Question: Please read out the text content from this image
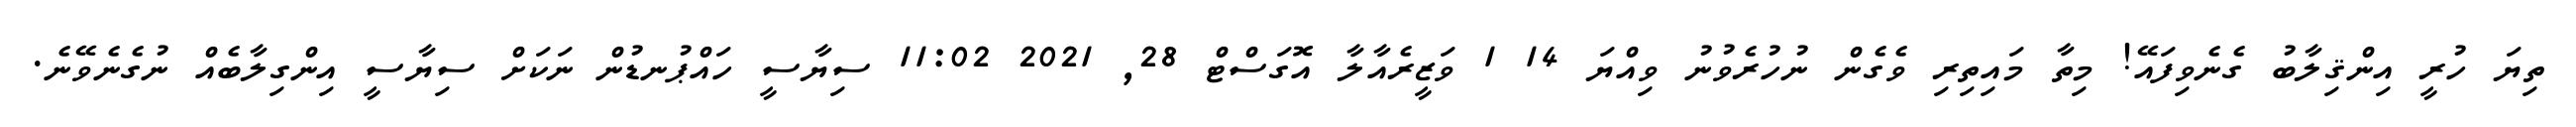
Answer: ތިޔަ ހުރީ އިންޤިލާބު ގެނެވިފައޭ! މިތާ މައިތިރި ވެގެން ނުހުރެވުނު ވިއްޔަ 14 1 ވަޒީރެއާލާ އޮގަސްޓް 28, 2021 11:02 ސިޔާސީ ހައްޕުނޑުން ނަކަށް ސިޔާސީ އިންގިލާބެއް ނުގެނެވޭނެ.